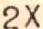
2X